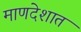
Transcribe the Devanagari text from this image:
माणदेशात